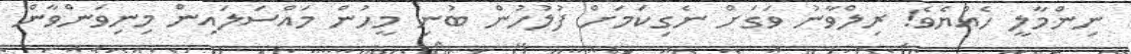
ނިންމާލީ ހެއްޔެވެ! ރިލްވާނު ވަގަށް ނެގިކަމަށް ފުލުހުން ބުނި މީހުން މައްސަލައިން މިނިވަންވާން